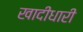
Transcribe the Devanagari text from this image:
खादीधारी